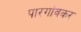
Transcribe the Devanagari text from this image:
पारगांवकर